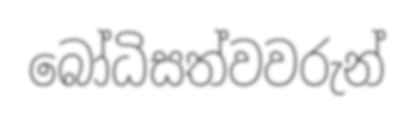
බෝධිසත්වවරුන්